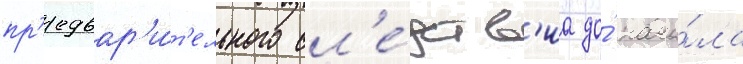
пр'едвар'и́т'ельного сл'е́дств'иа до́ нача́ла